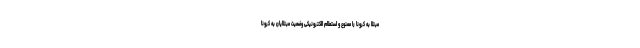
مبتلا به کرونا را ممنوع و استعلام الکترونیکی وضعیت مبتلایان به کرونا